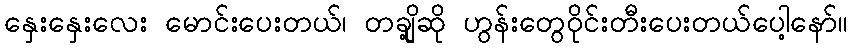
နှေးနှေးလေး မောင်းပေးတယ်၊ တချို့ဆို ဟွန်းတွေဝိုင်းတီးပေးတယ်ပေါ့နော်။